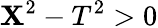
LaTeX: \mathbf{X}^{2}-T^{2}>0